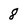
Character: 8